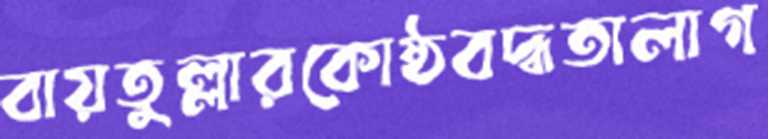
বায়তুল্লারকোষ্ঠবদ্ধতালাগ